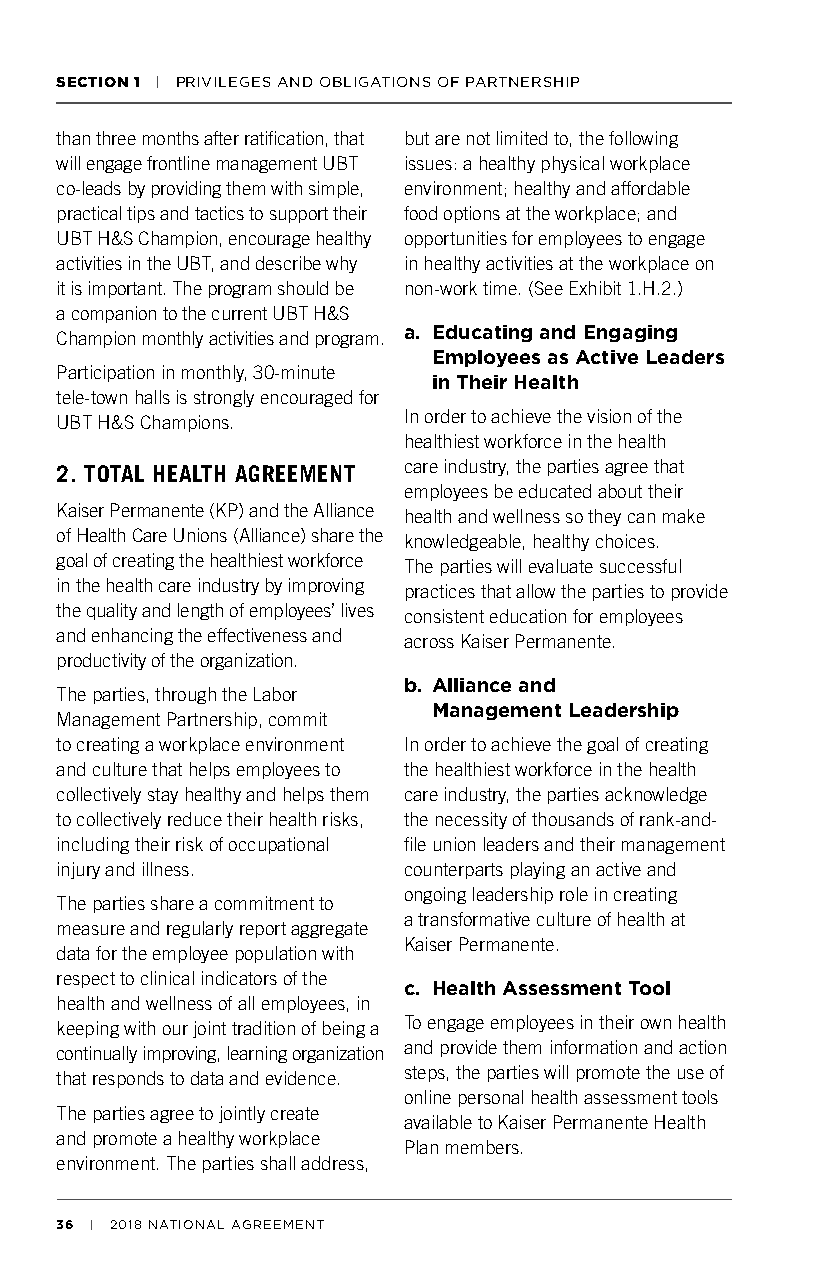
SECTION 1 | PRIVILEGES AND OBLIGATIONS OF PARTNERSHIP
 than three months after ratification, that but are not limited to, the following
 will engage frontline management UBT issues: a healthy physical workplace
 co-leads by providing them with simple, environment; healthy and affordable
 practical tips and tactics to support their food options at the workplace; and
 UBT H&S Champion, encourage healthy opportunities for employees to engage
 activities in the UBT, and describe why in healthy activities at the workplace on
 it is important. The program should be non-work time. (See Exhibit 1.H.2.)
 a companion to the current UBT H&S
 Champion monthly activities and program. a. Educating and Engaging
 Employees as Active Leaders
 Participation in monthly, 30-minute
 in Their Health
 tele-town halls is strongly encouraged for
 UBT H&S Champions.     In order to achieve the vision of the
 healthiest workforce in the health
 care industry, the parties agree that
 2. TOTAL HEALTH AGREEMENT
 employees be educated about their
 Kaiser Permanente (KP) and the Alliance health and wellness so they can make
 of Health Care Unions (Alliance) share the knowledgeable, healthy choices.
 goal of creating the healthiest workforce The parties will evaluate successful
 in the health care industry by improving practices that allow the parties to provide
 the quality and length of employees’ lives consistent education for employees
 and enhancing the effectiveness and across Kaiser Permanente.
 productivity of the organization.
 b. Alliance and
 The parties, through the Labor
 Management Leadership
 Management Partnership, commit
 to creating a workplace environment In order to achieve the goal of creating
 and culture that helps employees to the healthiest workforce in the health
 collectively stay healthy and helps them care industry, the parties acknowledge
 to collectively reduce their health risks, the necessity of thousands of rank-and-
 including their risk of occupational file union leaders and their management
 injury and illness.    counterparts playing an active and
 ongoing leadership role in creating
 The parties share a commitment to
 a transformative culture of health at
 measure and regularly report aggregate
 Kaiser Permanente.
 data for the employee population with
 respect to clinical indicators of the
 c. Health Assessment Tool
 health and wellness of all employees, in
 keeping with our joint tradition of being a To engage employees in their own health
 continually improving, learning organization and provide them information and action
 that responds to data and evidence. steps, the parties will promote the use of
 online personal health assessment tools
 The parties agree to jointly create
 available to Kaiser Permanente Health
 and promote a healthy workplace
 Plan members.
 environment. The parties shall address,
 36 | 2018 NATIONAL AGREEMENT